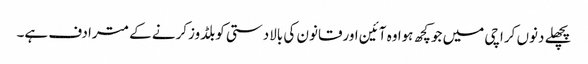
پچھلے دنوں کراچی میں جوکچھ ہوا وہ آئین اورقانون کی بالادستی کوبلڈوزکرنے کے مترادف ہے۔